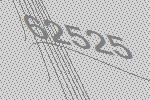
62525